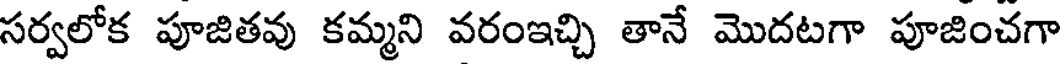
సర్వలోక పూజితవు కమ్మని వరంఇచ్చి తానే మొదటగా పూజించగా